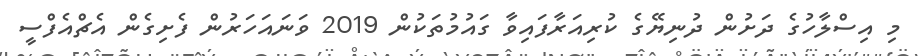
މި އިސްލާހުގެ ދަށުން ދުނިޔޭގެ ކުރިއަރާފައިވާ ގައުމުތަކުން 2019 ވަނައަހަރުން ފެށިގެން އެޗްއެފްސީ